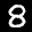
Label: 8